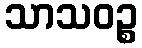
သာသဝဉ္စ